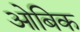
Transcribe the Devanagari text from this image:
ओबिक